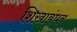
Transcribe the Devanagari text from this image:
शिखाबंधन